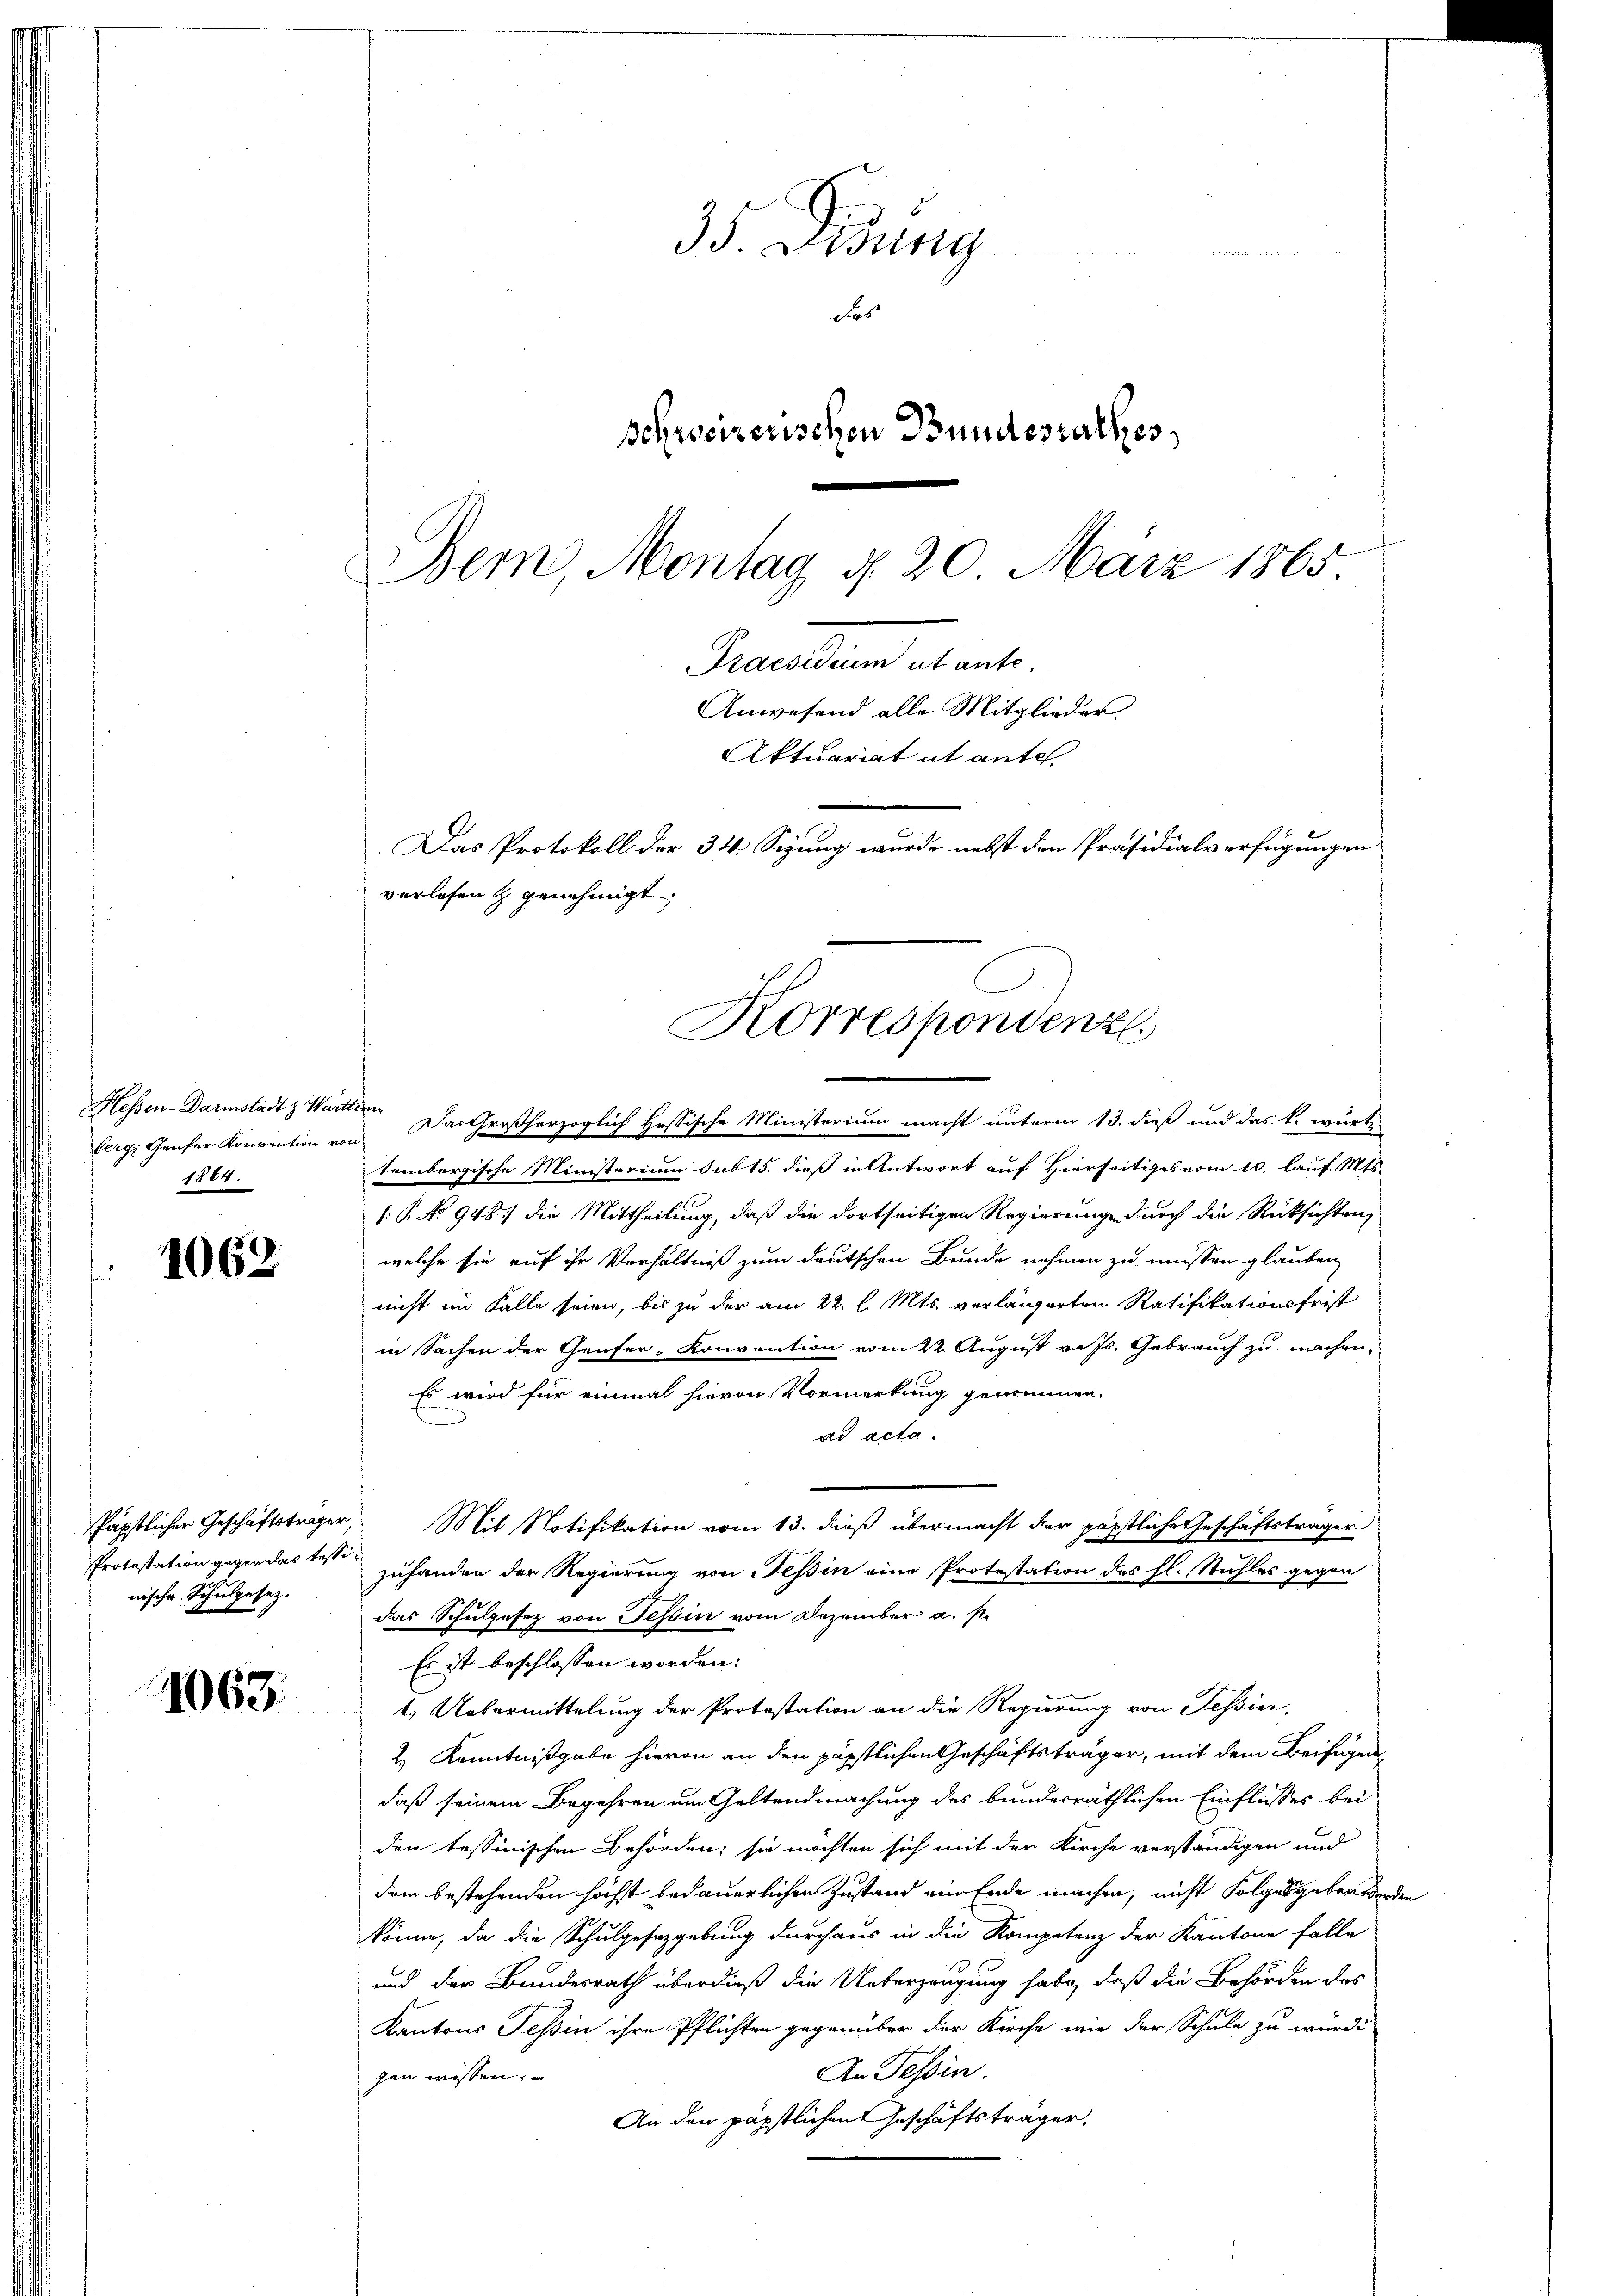
Hessen-Darmstadt z. Württ.
berg, Genfer Konvention von
1864.

1062

Päpstlicher Geschäftsträger
Protestation gegen das Tessi
nische Schulgesetz.

1063

35. Dedung
das
schweizerischen Bundesrathes
Dem Montag d. 20. März 1865

verlesen & genehmigt.
Korrespondenz.

in. Das Großherzoglich Hassische Ministerium macht unterm 13. dieß und das k. würte
tombergische Ministerium sub 15. dieß in Antwort auf Hierseitiges vom 10. lauf. Mts.
1: P. No 948.) die Mittheilung, daß die dortseitigen Regierunge durch die Rücksichten,
welche sie auf ihr Verhältniß zum deutschen Bunde nehmen zu müssen glauben,
nicht im Falle seien, bis zu der am 22. l. Mts. verlängerten Ratifikationsfrist
in Sachen der Genfer- Konvention vom 22. August v. Js. Gebrauch zu machen,
Es wird für einmal hievon Vormerkung genommen.
ad acta.
Mit Notifikation vom 13. dieß übermacht der päpstliche Geschäftsträger
zuhanden der Regierung von Tessin eine Protestation des hl. Stuhles gegen
das Schulgesetz von Tessin vom Dezember a. p.
Es ist beschlossen worden:
1.) Uebermittelung der Protestation an die Regierung von Tessier,
2.) Kenntnißgabe hievon an den päpstlichen Geschäftsträger, mit dem Beifügen
daß seinem Begehren um Geltendmachung des bunderräthlichen Einflusses bei
den tessinischen Behörden; sie möchten sich mit der Kirche verständigen und
dem bestehenden höchst bedauerlichen Zustand ein Ende machen, nicht Folgergeben werden
könne, da die Schulgesetzgebung durchaus in die Kompetenz der Kantone falle
und der Bundesrath überdieß die Ueberzeugung habe, daß die Behörden des
Kantons Teßin ihre Pflichten gegenüber der Kirche wie der Schule zu würdi
An Tessin.
gen wissen.
An den päpstlichen Geschäftsträger.

Praesidium ut ante.
Anwesend alle Mitglieder.
Aktuariat it ante.
Das Protokoll der 34 Sizung wurde nebst den Präsidialverfügungen